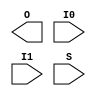
// $Header: /devl/xcs/repo/env/Databases/CAEInterfaces/xec_libs/data/unisims/BUFGMUX_VIRTEX4.v,v 1.1 2005/05/10 01:20:03 wloo Exp $

`timescale 1 ps / 1 ps 

module BUFGMUX_VIRTEX4 (O, I0, I1, S);

    output O;
    input  I0;
    input  I1;
    input  S;

endmodule